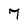
Character: 7